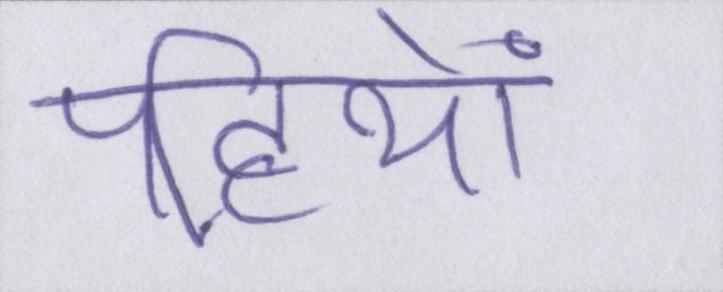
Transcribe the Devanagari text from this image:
पहियों